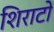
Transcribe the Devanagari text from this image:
शिराटो